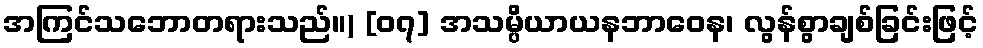
အကြင်သဘောတရားသည်။) [၀၇] အသမ္ပိယာယနဘာဝေန၊ လွန်စွာချစ်ခြင်းဖြင့်